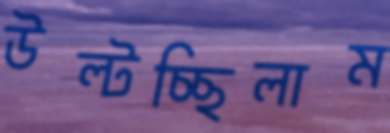
উল্‌টচ্ছিলাম